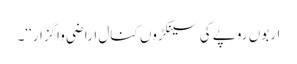
اربوں روپے کی سینکڑوں کنال اراضی واگزار‘‘۔